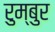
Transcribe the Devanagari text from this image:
रुम्बुर